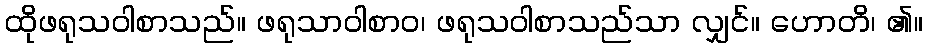
ထိုဖရုသဝါစာသည်။ ဖရုသာဝါစာဝ၊ ဖရုသဝါစာသည်သာ လျှင်။ ဟောတိ၊ ၏။